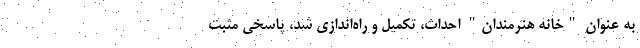
به عنوان "خانه هنرمندان" احداث، تکمیل و راه‌اندازی شد، پاسخی مثبت